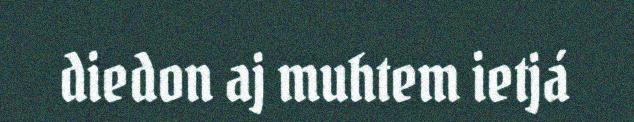
diedon aj muhtem ietjá